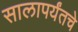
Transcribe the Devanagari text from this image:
सालापर्यंतचे